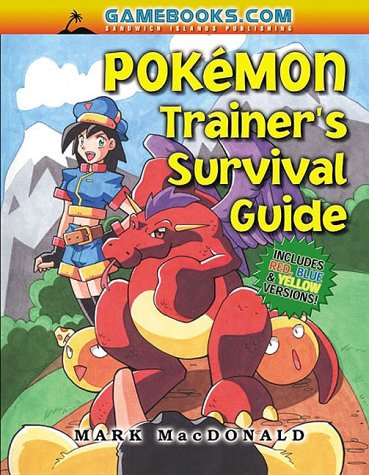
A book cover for Pokemon Trainer's Guide: Everything Pokemon; Brian Brokaw; Computers & Technology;